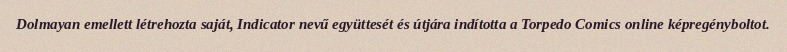
Dolmayan emellett létrehozta saját, Indicator nevű együttesét és útjára indította a Torpedo Comics online képregényboltot.